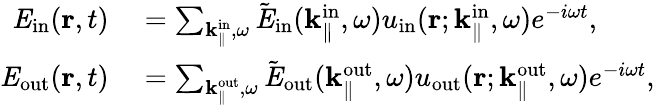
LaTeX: \begin{array}{rl}{{\mathit E}_{\mathrm{in}}({\mathbf r},t)}&{{}=\sum_{{\mathbf k}_{\parallel}^{\mathrm{in}},\omega}\tilde{\mathit E}_{\mathrm{in}}({\mathbf k}_{\parallel}^{\mathrm{in}},\omega)u_{\mathrm{in}}({\mathbf r};{\mathbf k}_{\parallel}^{\mathrm{in}},\omega)e^{-i\omega t},}\\ {{\mathit E}_{\mathrm{out}}({\mathbf r},t)}&{{}=\sum_{{\mathbf k}_{\parallel}^{\mathrm{out}},\omega}\tilde{\mathit E}_{\mathrm{out}}({\mathbf k}_{\parallel}^{\mathrm{out}},\omega)u_{\mathrm{out}}({\mathbf r};{\mathbf k}_{\parallel}^{\mathrm{out}},\omega)e^{-i\omega t},}\end{array}